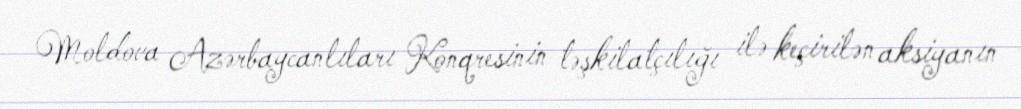
Moldova Azərbaycanlıları Konqresinin təşkilatçılığı ilə keçirilən aksiyanın